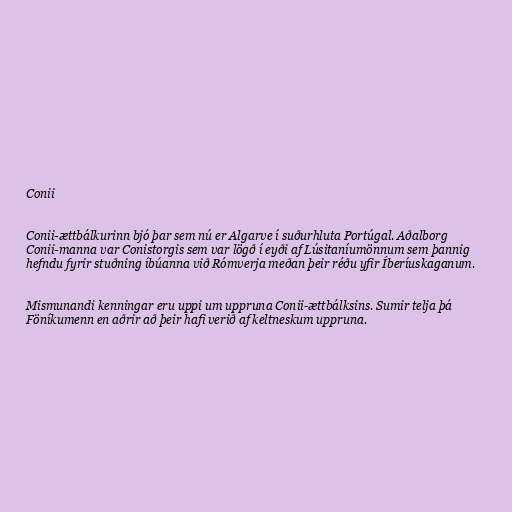
Conii

Conii-ættbálkurinn bjó þar sem nú er Algarve í suðurhluta Portúgal. Aðalborg
Conii-manna var Conistorgis sem var lögð í eyði af Lúsitaníumönnum sem þannig
hefndu fyrir stuðning íbúanna við Rómverja meðan þeir réðu yfir Íberíuskaganum.

Mismunandi kenningar eru uppi um uppruna Conii-ættbálksins. Sumir telja þá
Föníkumenn en aðrir að þeir hafi verið af keltneskum uppruna.